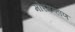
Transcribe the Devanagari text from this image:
मोरगव्हाण